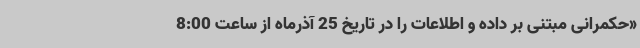
«حکمرانی مبتنی بر داده و اطلاعات را در تاریخ 25 آذرماه از ساعت 8:00